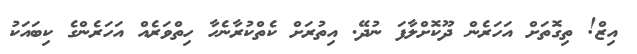
އިޒް! ތިގޮތަށް އަހަރެން ދޫކޮށްލާފަ ނުދޭ. އިތުރަށް ކެތްކުރާނެހާ ހިތްވަރެއް އަހަރެންގެ ކިބައަކު